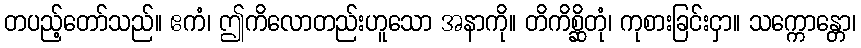
တပည့်တော်သည်။ ဧကံ၊ ဤကိလောတည်းဟူသော အနာကို။ တိကိစ္ဆိတုံ၊ ကုစားခြင်းငှာ။ သက္ကောန္တော၊